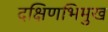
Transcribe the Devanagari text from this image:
दक्षिणभिमुख